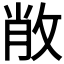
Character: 𢽐